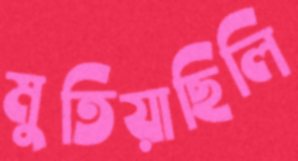
মুতিয়াছিলি